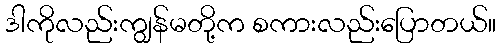
ဒါကိုလည်းကျွန်မတို့က စကားလည်းပြောတယ်။